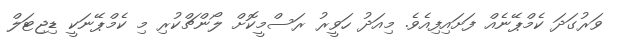
ވަރުގަދަ ކެމްޕޭނެއް ފަށައިފިއެވެ. މިއަދު ހަވީރު ރަސްމީކޮށް ލޯންޗްކުރި މި ކެމްޕޭނަކީ ޑިޖިޓަލް